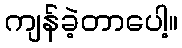
ကျန်ခဲ့တာပေါ့။